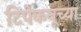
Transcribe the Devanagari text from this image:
टिपेकनूच्या